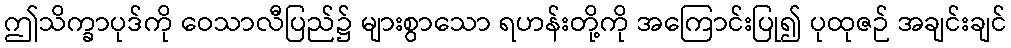
ဤသိက္ခာပုဒ်ကို ဝေသာလီပြည်၌ များစွာသော ရဟန်းတို့ကို အကြောင်းပြု၍ ပုထုဇဉ် အချင်းချင်